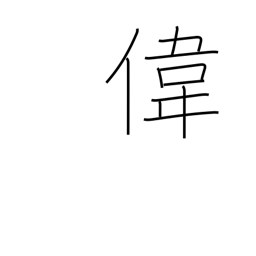
Meaning: admirable